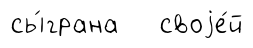
сы́грана своjе́й